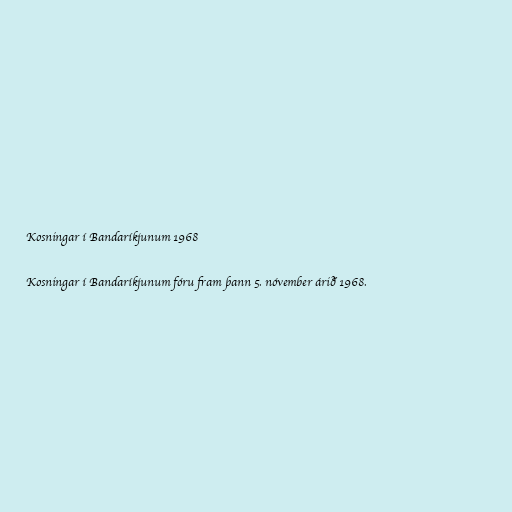
Kosningar í Bandaríkjunum 1968

Kosningar í Bandaríkjunum fóru fram þann 5. nóvember árið 1968.